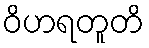
ဝိဟရတူတိ